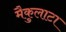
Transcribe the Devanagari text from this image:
मैकुलाटा